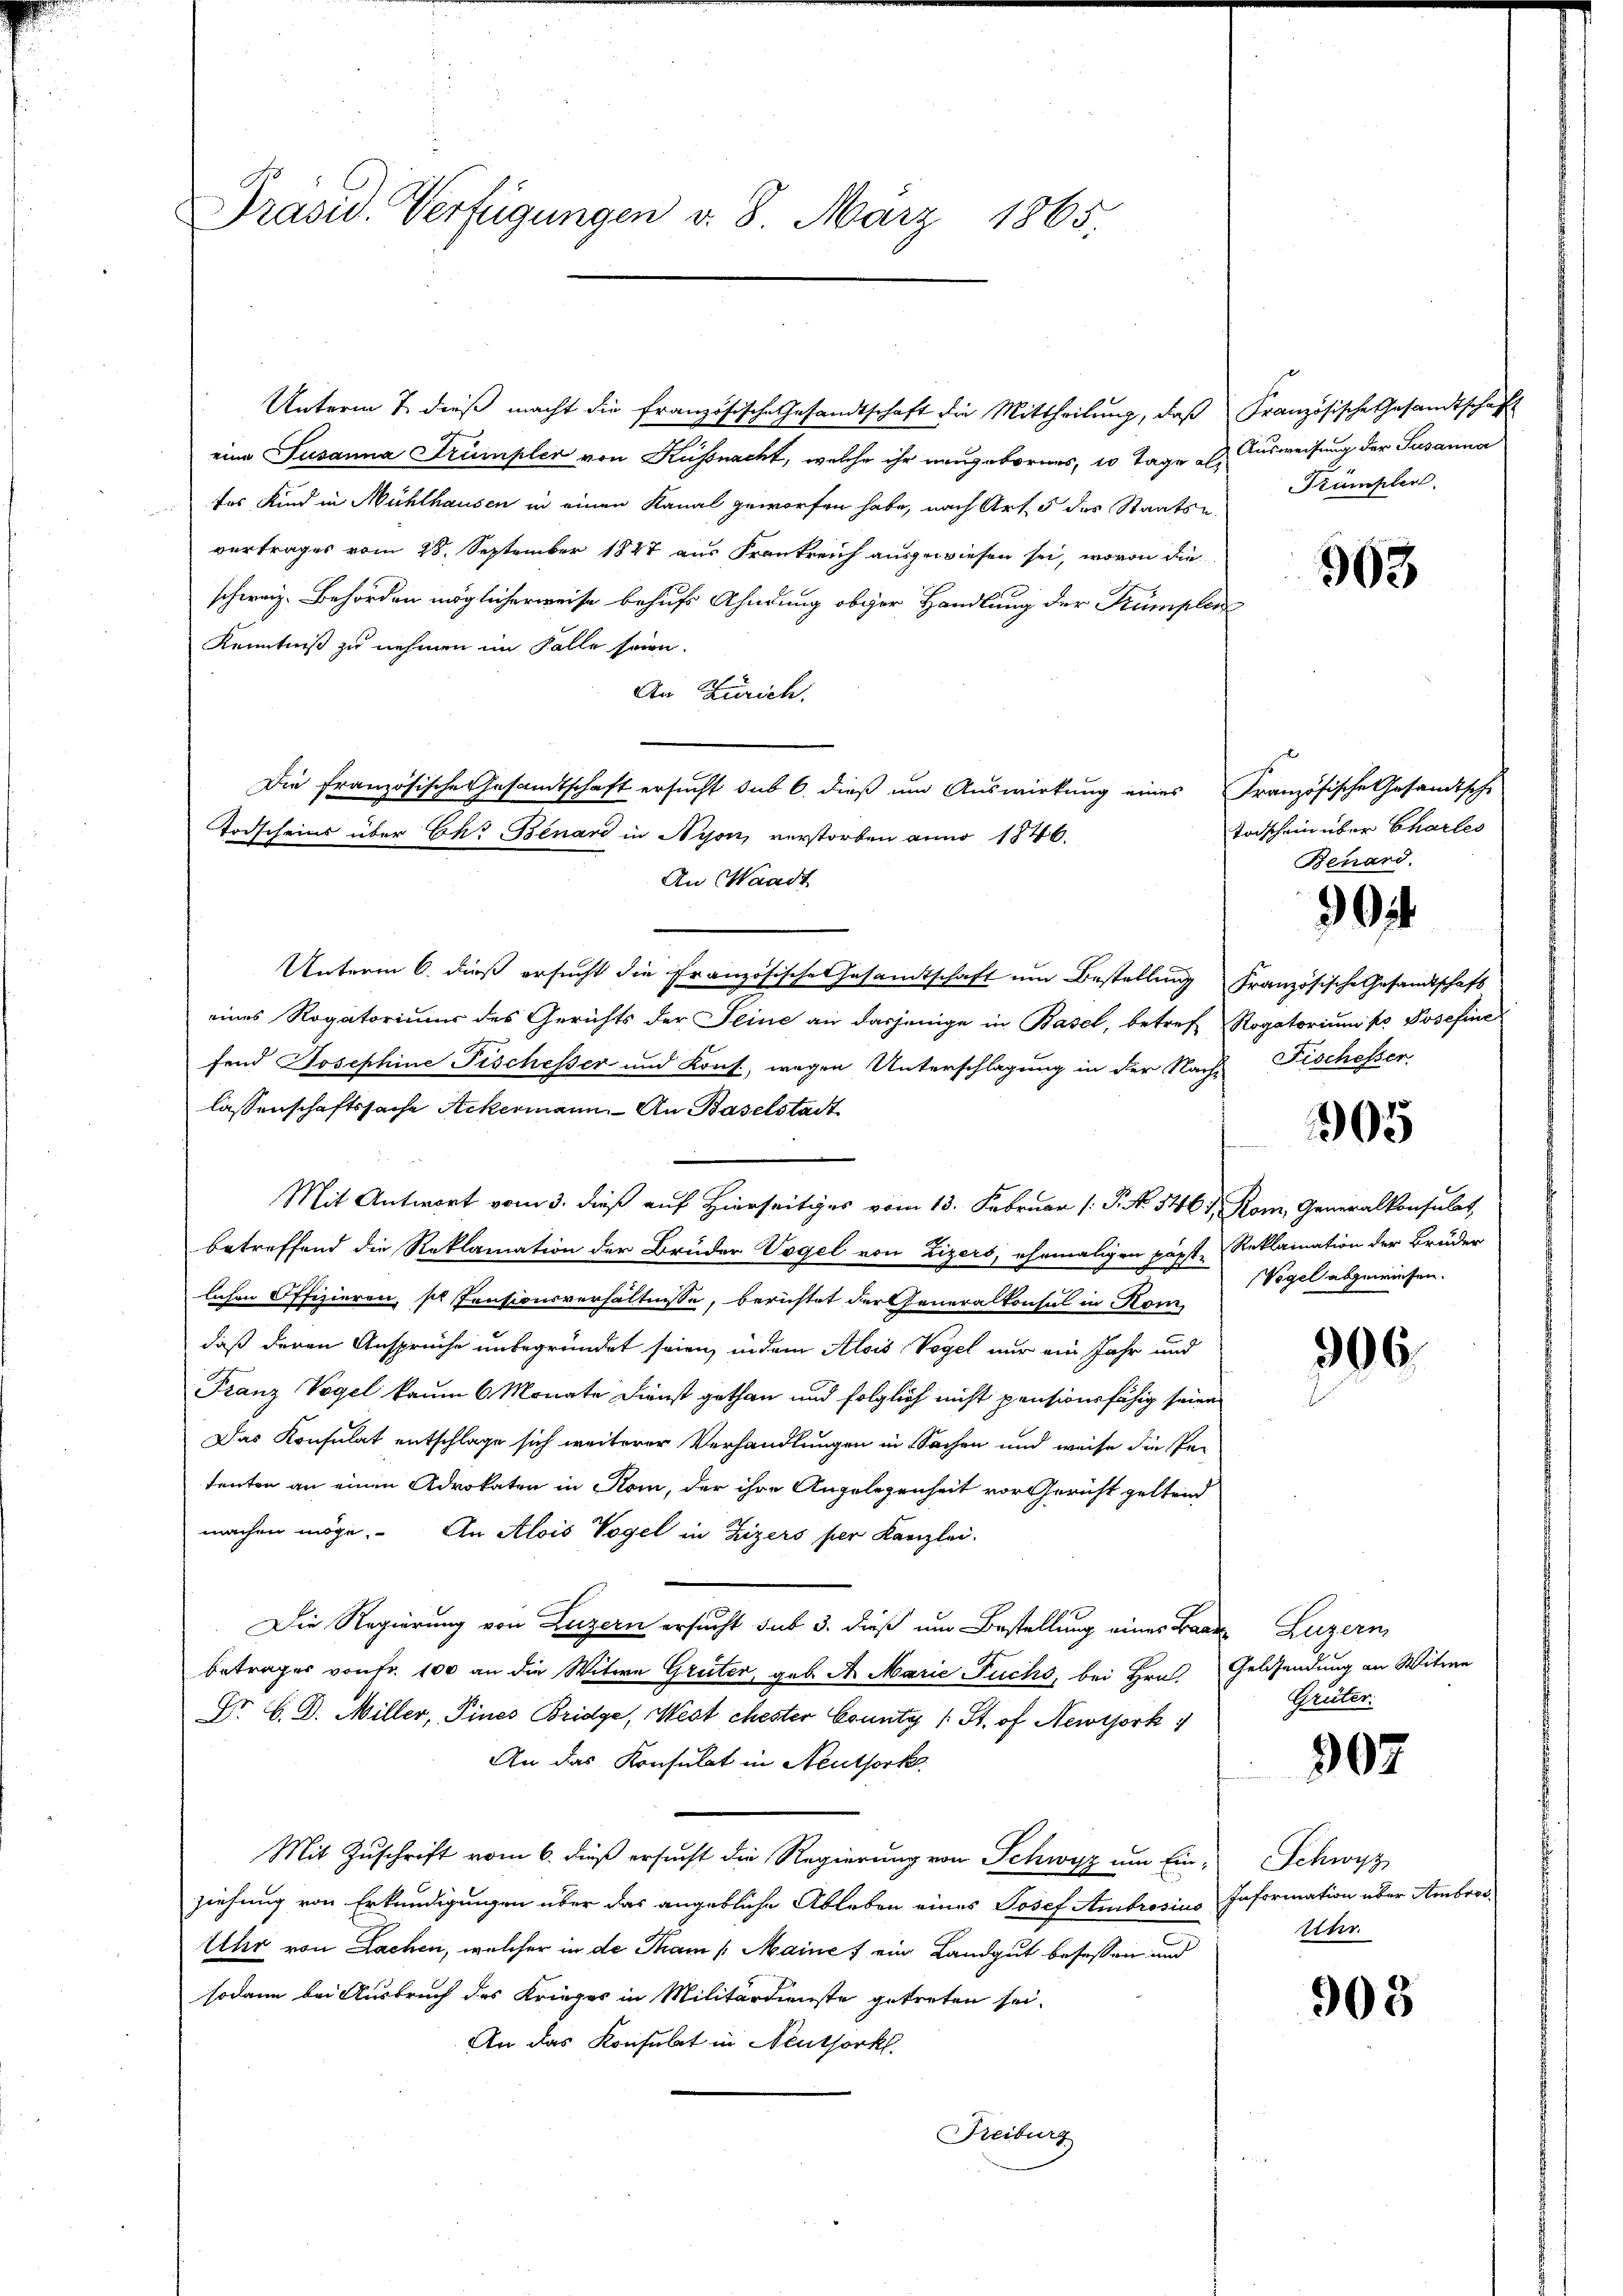
Präsid. Verfügungen v. 8. März 1865.

Unterm 7. dieß macht die französische Gesandtschaft die Mittheilung, daß Französische Gesandtschaft
eine Susanna Trümpler von Küssnacht, welche ihr neugebornes, 10 Tage Er Ausweisung der Susanna
tes Kind in Mühlhausen in einen Kanal geworfen habe, nach Art. 5 des Staats-
vertrages vom 28. September 1847 aus Frankreich ausgewiesen sei, wovon die
schweiz. Behörden möglicherweise behufs Ahndung obiger Handlung der Kumplen
Kenntniß zu nehmen im Falle seien.
An Zürich.
Die französische Gesandtschaft ersucht sub 6. dieß um Auswirkung eines Französische Gesandtsche
Todscheins über Ah. Benard in Nyon, verstorben anno 1846.
An Waadt
Unterm 6. dieß ersucht die Französische Gesandtschaft um Bestellung Französische Gesandtschaft
eines Rogatoriums des Gerichts der Seine an dasjenige in Basel, betreff Rogatorium so Josefine
fend Josephine Fischesser und Kons., wegen Unterschlagung in der Nachs Fischesser
lassenschaftssache Ackermann. An Baselstadt
Mit Antwort vom 3. dieß auf Hierseits vom 13. Februar (: P. No 5461 Rom, Generalkonsulat,
betreffend die Reklamation der Bruder Vogel von Lizers, ehemaligen z
lichen Offizieren, so spensionsverhältnisse, berichtet der Generalkonsul in Kom
daß deren Ansprüche unbegründet seien, in dem Alois Vogel nur ein Jahr und
Franz Vogel kaum 6 Monate Dienst gethan und folglich nicht pensionsfähig seien
Das Konsulat entschlage sich weiterer Verhandlungen in Sachen und weise die Pe-
tenten an einen Advokaten in Rom, der ihre Angelegenheit vor Gericht geltend
machen möge. An Alois Vogel in Zizers per Kanzlei-
Die Regierung von Luzern ersucht sub 3. dieß um Bestellung eines Baad Luzern,
betrages von Fr. 100 an die Witwe Greter, geb. A. Marie Fuchs, bei Hrn. Geldsendung an Witwe
Dr. C. D. Miller, Pines Bridge, Mest chester County (: St. of Newirk
An das Konsulat in Neuthork
Mit Zuschrift vom 6. dieß ersucht die Regierung von Schwyz um Ein-
ziehung von Erkundigungen über das angebliche Ableben eines Josef Ambrosius Information über Ambros-
Uhr von Lachen, welcher in de Tham (Maine / ein Landgut besessen und
sodann bei Ausbruch des Krieges in Militärdienste getreten sei.
An das Konsulat in Neuthorkl.
Freiburg

Krümplen

963

Todschein über Charles
Benard.

30

05

capf, Reklamation der Bruder
Vegel abgewiesen.

306.

Grüter

907

Schwyz
Uhr.

305